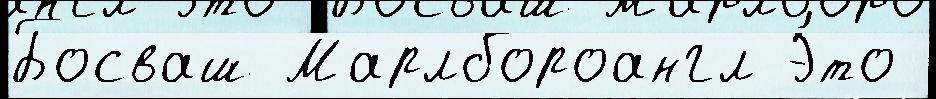
Босваш Марлбороангл Э́то